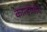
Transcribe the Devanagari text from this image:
कान्होजीचे